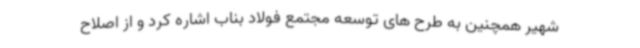
شهیر همچنین به طرح های توسعه مجتمع فولاد بناب اشاره کرد و از اصلاح